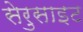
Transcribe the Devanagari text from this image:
सेरुसाइट